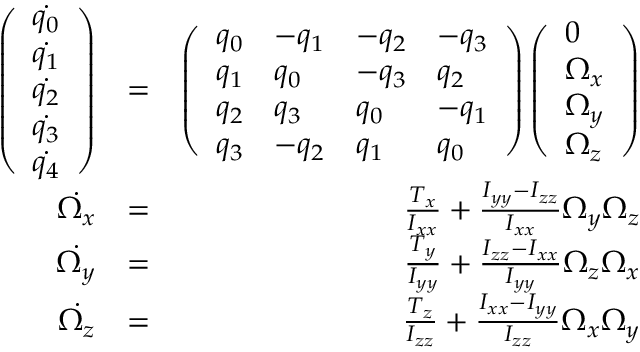
\begin{array} { r l r } { \left( \begin{array} { l } { \dot { q _ { 0 } } } \\ { \dot { q _ { 1 } } } \\ { \dot { q _ { 2 } } } \\ { \dot { q _ { 3 } } } \\ { \dot { q _ { 4 } } } \end{array} \right) } & { = } & { \left( \begin{array} { l l l l } { q _ { 0 } } & { - q _ { 1 } } & { - q _ { 2 } } & { - q _ { 3 } } \\ { q _ { 1 } } & { q _ { 0 } } & { - q _ { 3 } } & { q _ { 2 } } \\ { q _ { 2 } } & { q _ { 3 } } & { q _ { 0 } } & { - q _ { 1 } } \\ { q _ { 3 } } & { - q _ { 2 } } & { q _ { 1 } } & { q _ { 0 } } \end{array} \right) \left( \begin{array} { l } { 0 } \\ { \Omega _ { x } } \\ { \Omega _ { y } } \\ { \Omega _ { z } } \end{array} \right) } \\ { \dot { \Omega _ { x } } } & { = } & { \frac { T _ { x } } { I _ { x x } } + \frac { I _ { y y } - I _ { z z } } { I _ { x x } } \Omega _ { y } \Omega _ { z } } \\ { \dot { \Omega _ { y } } } & { = } & { \frac { T _ { y } } { I _ { y y } } + \frac { I _ { z z } - I _ { x x } } { I _ { y y } } \Omega _ { z } \Omega _ { x } } \\ { \dot { \Omega _ { z } } } & { = } & { \frac { T _ { z } } { I _ { z z } } + \frac { I _ { x x } - I _ { y y } } { I _ { z z } } \Omega _ { x } \Omega _ { y } } \end{array}